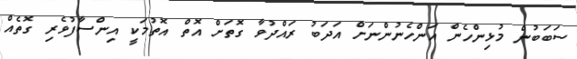
ސަބަބުން މުޅިންހެން އަންހެނުންނަށް އަދަބު ރައްދުވާ ގޮތަށް އޮތް އޮތުމަކީ އިންސާފުވެރި ގޮތެއް